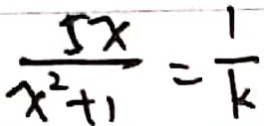
\frac { 5 x } { x ^ { 2 } + 1 } = \frac { 1 } { k }